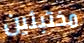
مختبئين